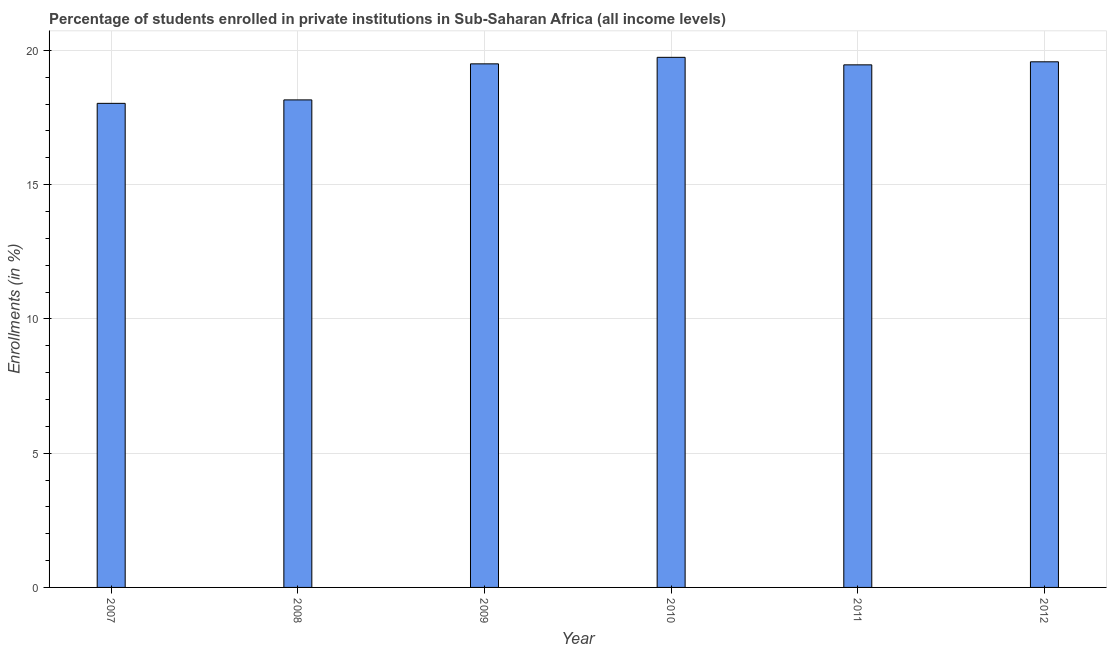
| Year | Enrollments |
 | --- | --- |
 | 2007 | 18 |
 | 2008 | 18.2 |
 | 2009 | 19.5 |
 | 2010 | 19.7 |
 | 2011 | 19.5 |
 | 2012 | 19.6 |